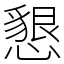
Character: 懇